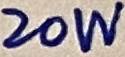
Text: 20W